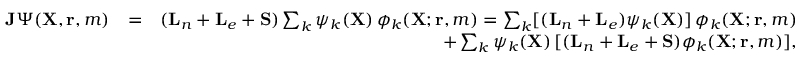
\begin{array} { r l r } { { \mathbf { J } } \Psi ( { \mathbf { X } } , { \mathbf { r } } , m ) } & { = } & { ( { \mathbf { L } } _ { n } + { \mathbf { L } } _ { e } + { \mathbf { S } } ) \sum _ { k } \psi _ { k } ( { \mathbf { X } } ) \, \phi _ { k } ( { \mathbf { X } } ; { \mathbf { r } } , m ) = \sum _ { k } [ ( { \mathbf { L } } _ { n } + { \mathbf { L } } _ { e } ) \psi _ { k } ( { \mathbf { X } } ) ] \, \phi _ { k } ( { \mathbf { X } } ; { \mathbf { r } } , m ) } \\ & { } & { \qquad + \sum _ { k } \psi _ { k } ( { \mathbf { X } } ) \, [ ( { \mathbf { L } } _ { n } + { \mathbf { L } } _ { e } + { \mathbf { S } } ) \phi _ { k } ( { \mathbf { X } } ; { \mathbf { r } } , m ) ] , } \end{array}